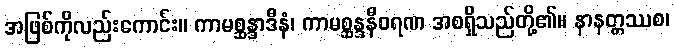
အဖြစ်ကိုလည်းကောင်း။ ကာမစ္ဆန္ဒာဒီနံ၊ ကာမစ္ဆန္ဒနီဝရဏ အစရှိသည်တို့၏။ နာနတ္တဿစ၊